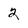
Character: 2